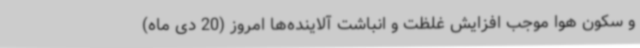
و سکون هوا موجب افزایش غلظت و انباشت آلاینده‌ها امروز (20 دی ماه)‌